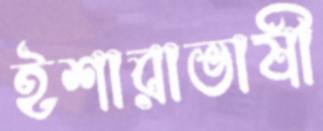
ইশারাভাষী